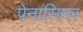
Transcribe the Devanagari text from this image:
पेनासिनर